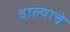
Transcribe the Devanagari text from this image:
वाल्याचे